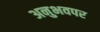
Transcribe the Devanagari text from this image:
अनुभवपर